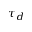
\tau _ { d }